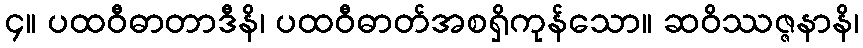
၄။ ပထဝီဓာတာဒီနိ၊ ပထဝီဓာတ်အစရှိကုန်သော။ ဆဝိဿဇ္ဇနာနိ၊